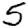
Digit: 5